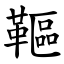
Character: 䩽